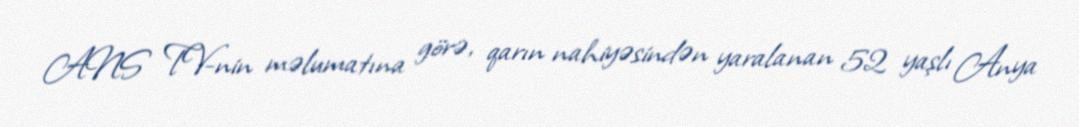
ANS TV-nin məlumatına görə, qarın nahiyəsindən yaralanan 52 yaşlı Anya